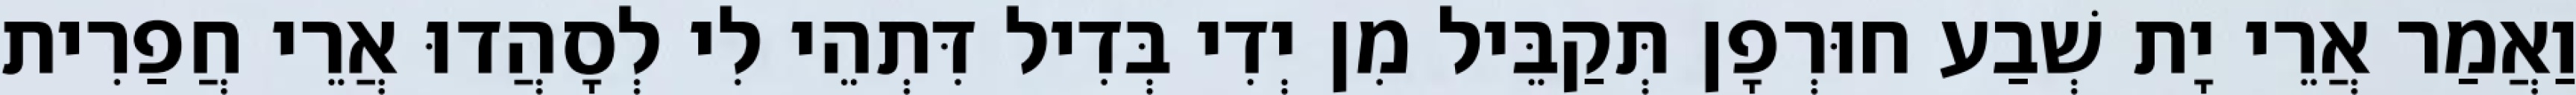
וַאֲמַר אֲרֵי יָת שְׁבַע חוּרְפָן תְּקַבֵּיל מִן יְדִי בְּדִיל דִּתְהֵי לִי לְסָהֲדוּ אֲרֵי חֲפַרִית